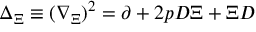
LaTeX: \Delta _ { \Xi } \equiv ( \nabla _ { \Xi } ) ^ { 2 } = \partial + 2 p D \Xi + \Xi D